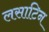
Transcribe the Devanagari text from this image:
लसाटिन